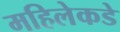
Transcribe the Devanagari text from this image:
महिलेकडे